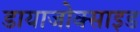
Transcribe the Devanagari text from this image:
डायाजोक्साइड